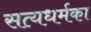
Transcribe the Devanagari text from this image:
सत्यधर्मका